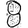
Digit: 8